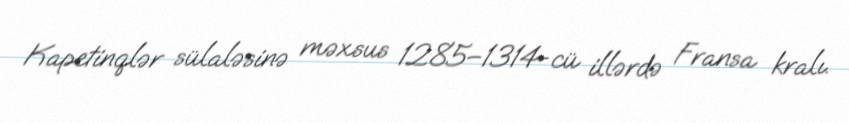
Kapetinqlər sülaləsinə məxsus 1285–1314-cü illərdə Fransa kralı.